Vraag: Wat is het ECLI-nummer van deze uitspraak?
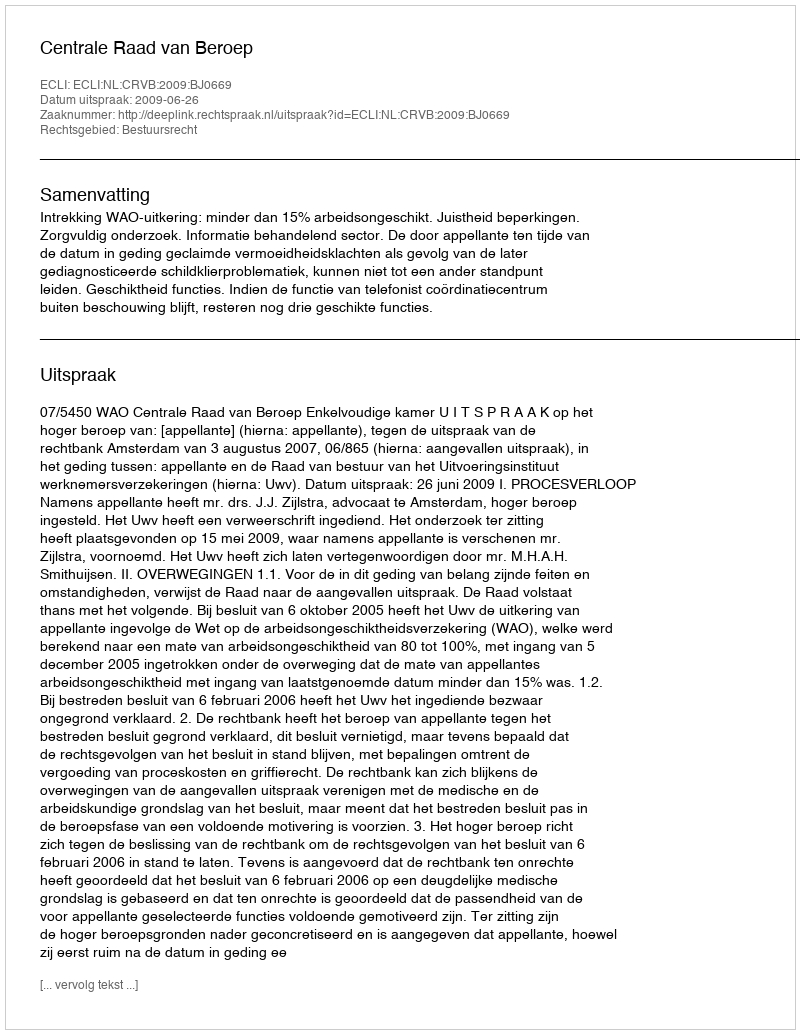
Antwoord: ECLI:NL:CRVB:2009:BJ0669